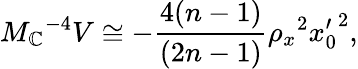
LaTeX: M_{\mathbb{C}}{}^{-4}V\cong-\frac{{4(n-1)}}{{(2n-1)}}\rho_{x}{}^{2}{x_{0}^{\prime}}^{2},